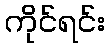
ကိုင်ရင်း